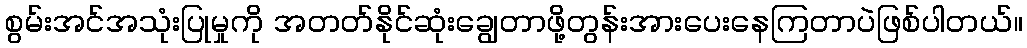
စွမ်းအင်အသုံးပြုမှုကို အတတ်နိုင်ဆုံးချွေတာဖို့တွန်းအားပေးနေကြတာပဲဖြစ်ပါတယ်။